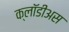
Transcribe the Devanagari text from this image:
क्लॉडीअस